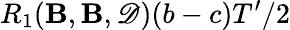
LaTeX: R_{1}(\mathbf{B},\mathbf{B},\mathscr{D})(b-c)T^{\prime}/2